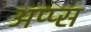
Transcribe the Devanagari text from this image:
अप्प्स